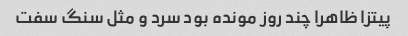
پیتزا ظاهرا چند روز مونده بود سرد و مثل سنگ‌ سفت